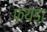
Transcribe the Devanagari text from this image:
फयडा